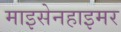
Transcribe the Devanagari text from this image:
माइसेनहाइमर